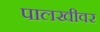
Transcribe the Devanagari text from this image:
पालखीवर